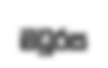
මධුරස